画像に写った文字を読んでください
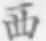
「西」と書いてあります